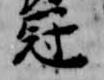
冠